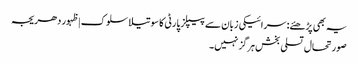
یہ بھی پڑھئے: سرائیکی زبان سے پیپلز پارٹی کا سوتیلا سلوک | ظہور دھریجہ
صورتحال تسلی بخش ہرگز نہیں۔